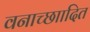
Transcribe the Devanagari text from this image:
वनाच्छाादित